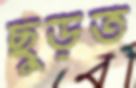
ছুড়ত